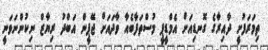
ތިމަރަފުށީ ދާއިރާގެ ގޮނޑިއަށް އެމްޑީޕީ މުސްތަފާބެއާ ވާދައަށް ޖޭޕީން އަބްދު ރިޔާޒް ނިކުންނަވަނީ